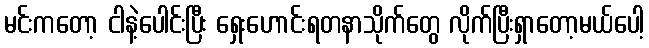
မင်းကတော့ ငါနဲ့ပေါင်းပြီး ရှေးဟောင်းရတနာသိုက်တွေ လိုက်ပြီးရှာတော့မယ်ပေါ့